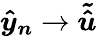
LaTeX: \boldsymbol{\hat{y}_{n}}\rightarrow\boldsymbol{\tilde{\hat{u}}}